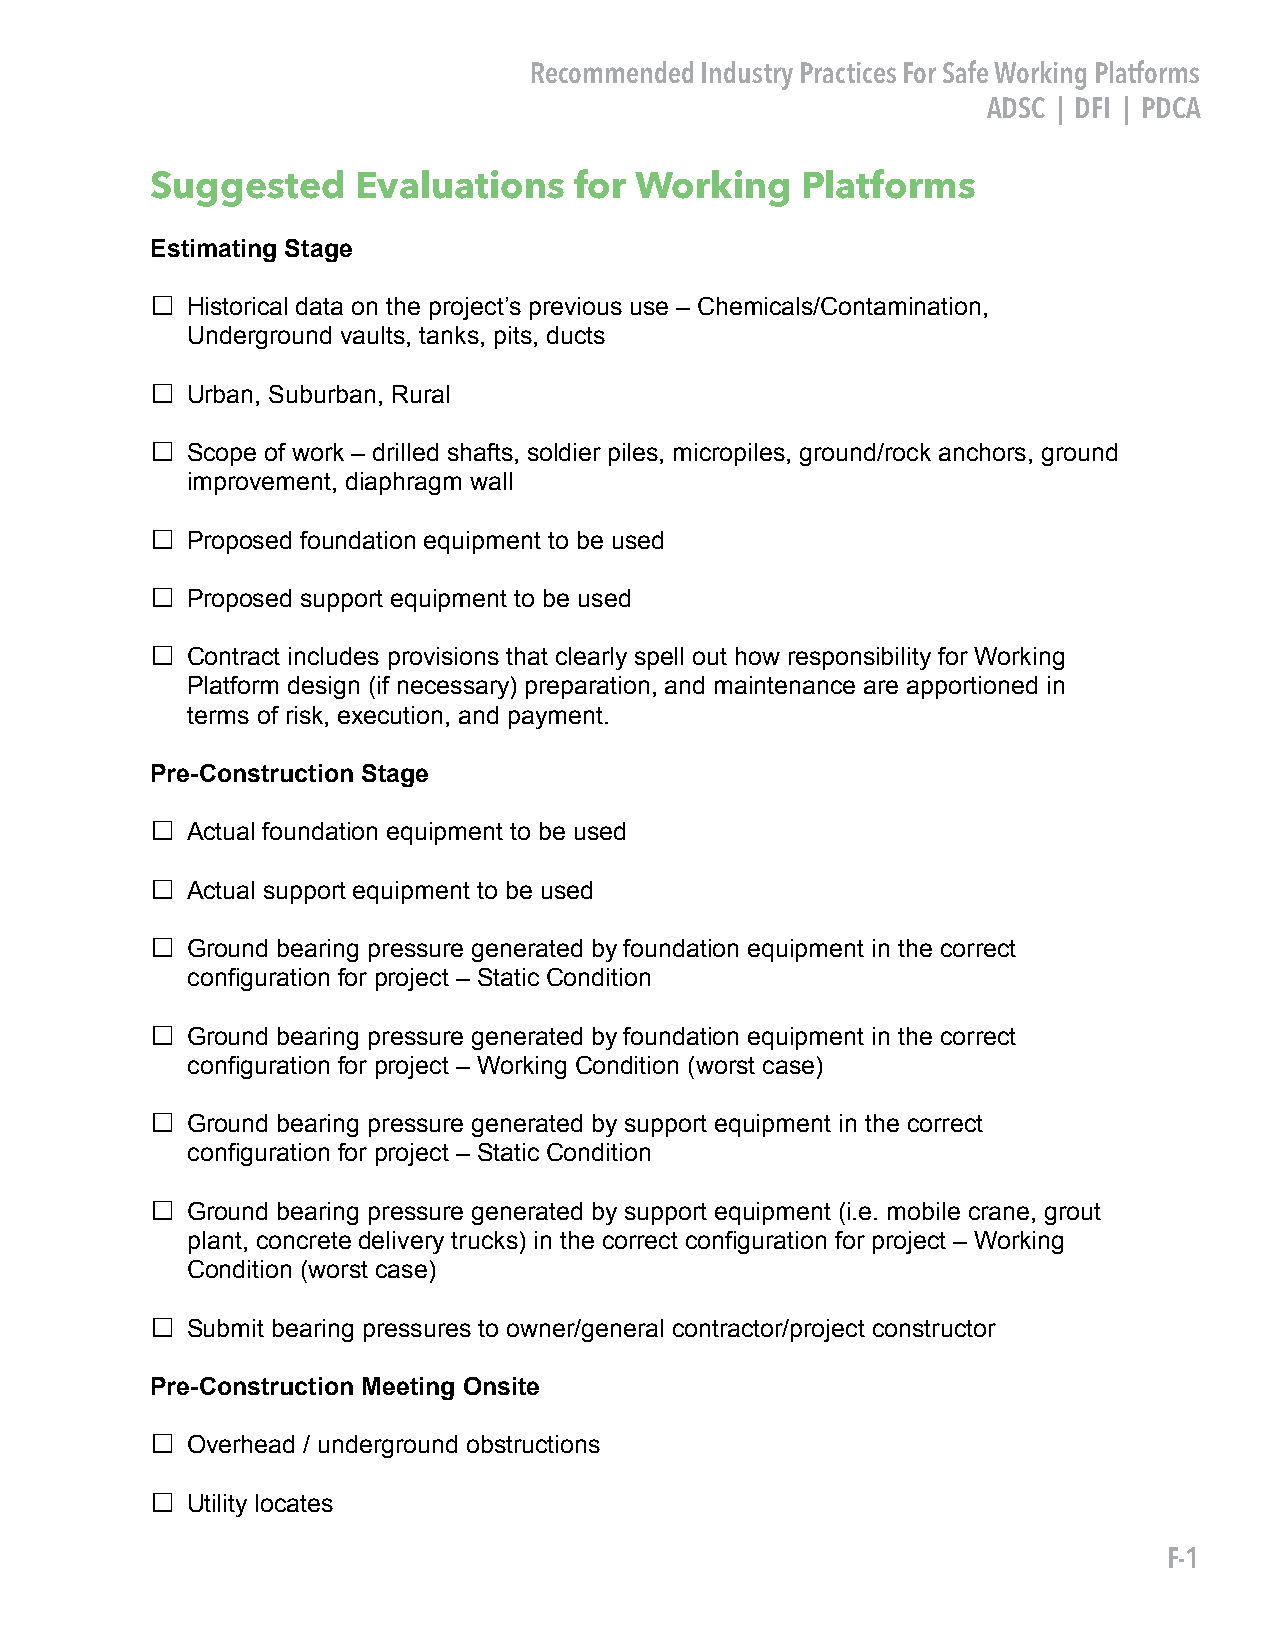
Recommended Industry Practices For Safe Working Platforms
 ADSC | DFI | PDCA
 Suggested    Evaluations    for Working    Platforms
 Estimating Stage
 □
 Historical data on the project’s previous use – Chemicals/Contamination,
 Underground vaults, tanks, pits, ducts
 □
 Urban, Suburban, Rural
 □
 Scope of work – drilled shafts, soldier piles, micropiles, ground/rock anchors, ground
 improvement, diaphragm wall
 □
 Proposed foundation equipment to be used
 □
 Proposed support equipment to be used
 □
 Contract includes provisions that clearly spell out how responsibility for Working
 Platform design (if necessary) preparation, and maintenance are apportioned in
 terms of risk, execution, and payment.
 Pre-Construction Stage
 □
 Actual foundation equipment to be used
 □
 Actual support equipment to be used
 □
 Ground bearing pressure generated by foundation equipment in the correct
 configuration for project – Static Condition
 □
 Ground bearing pressure generated by foundation equipment in the correct
 configuration for project – Working Condition (worst case)
 □
 Ground bearing pressure generated by support equipment in the correct
 configuration for project – Static Condition
 □
 Ground bearing pressure generated by support equipment (i.e. mobile crane, grout
 plant, concrete delivery trucks) in the correct configuration for project – Working
 Condition (worst case)
 □
 Submit bearing pressures to owner/general contractor/project constructor
 Pre-Construction Meeting Onsite
 □
 Overhead / underground obstructions
 □
 Utility locates
 F-1